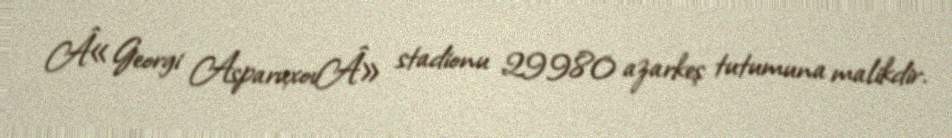
Â«Georgi AsparuxovÂ» stadionu 29980 azarkeş tutumuna malikdir.